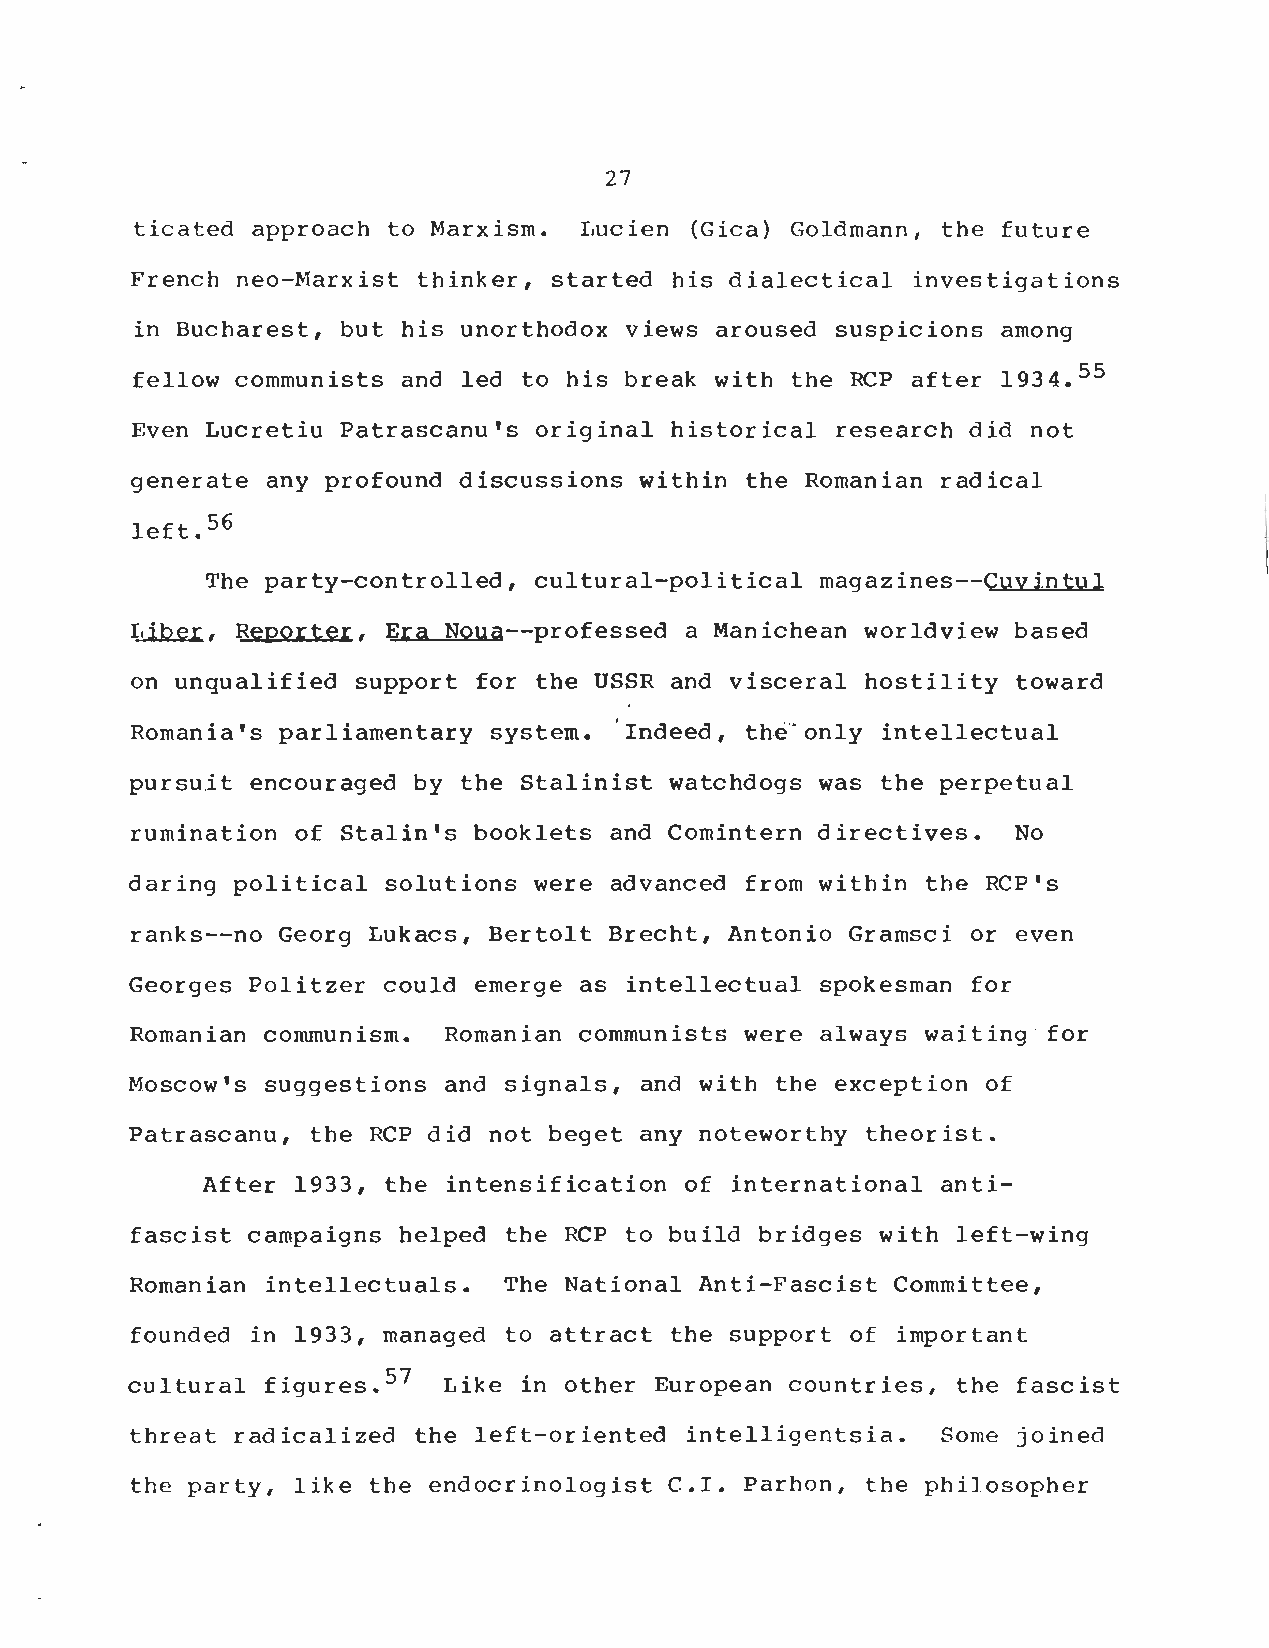
27
 ticated approach to Marxism . Lucien (Gica) Goldmann, the future
 French neo-Marxist thinker, started his dialectical investigation s
 in Bucharest, but his unorthodox views aroused suspicions among
 fellow communists and led to his break with the RCP after 1934 . 55
 Even Lucretiu Patrascanu's original historical research did no t
 generate any profound discussions within the Romanian radica l
 left .
 56
 The party-controlled, cultural-political magazines--Cuvintu l
 Liber, Reporter, EraNoua--professed a Manichean worldview based
 on unqualified support for the USSR and visceral hostility towar d
 Romania's parliamentary system . Indeed, the only intellectua l
 pursuit encouraged by the Stalinist watchdogs was the perpetua l
 rumination of Stalin's booklets and Comintern directives . No
 daring political solutions were advanced from within the RCP' s
 ranks--no Georg Lukacs, Bertolt Brecht, Antonio Gramsci or eve n
 Georges Politzer could emerge as intellectual spokesman fo r
 Romanian communism. Romanian communists were always waiting fo r
 Moscow's suggestions and signals, and with the exception o f
 Patrascanu, the RCP did not beget any noteworthy theorist .
 After 1933, the intensification of international anti -
 fascist campaigns helped the RCP to build bridges with left-win g
 Romanian intellectuals . The National Anti-Fascist Committee ,
 founded in 1933, managed to attract the support of importan t
 cultural figures . 57 Like in other European countries, the fascis t
 threat radicalized the left-oriented intelligentsia . Some joined
 the party, like the endocrinologist C .I . Parhon, the philosopher